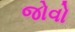
જોવો